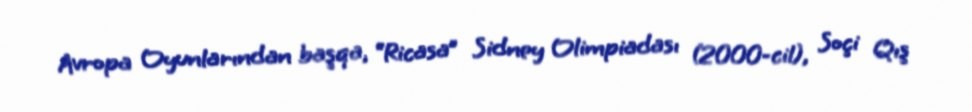
Avropa Oyunlarından başqa, “Ricasa” Sidney Olimpiadası (2000-cil), Soçi Qış